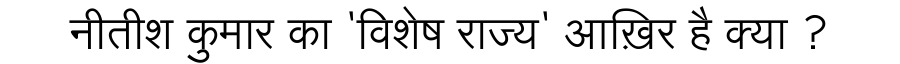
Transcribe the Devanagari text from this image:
नीतीश कुमार का 'विशेष राज्य' आख़िर है क्या ?